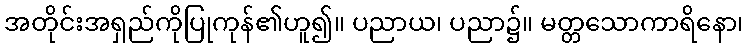
အတိုင်းအရှည်ကိုပြုကုန်၏ဟူ၍။ ပညာယ၊ ပညာ၌။ မတ္တသောကာရိနော၊